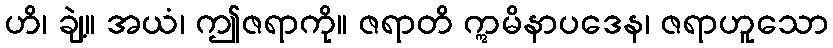
ဟိ၊ ချဲ့။ အယံ၊ ဤဇရာကို။ ဇရာတိ ဣမိနာပဒေန၊ ဇရာဟူသော